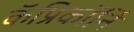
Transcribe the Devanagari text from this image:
कॅप्रिकॉर्नि